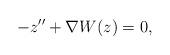
LaTeX: \begin{align*}-z''+\nabla W(z)=0,\end{align*}